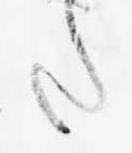
た